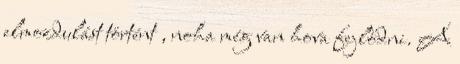
elmozdulást történt , noha még van hova fejlődni. A